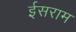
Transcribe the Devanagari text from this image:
ईसराम